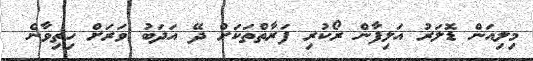
މިލިއަން ޑޮލަރު އަލިފާން ރޯކުރި ފަރާތްތަކަށް ދޭ އަދަބު ވަރަށް ހިތިވާނެ